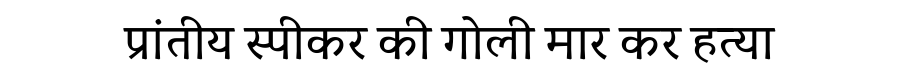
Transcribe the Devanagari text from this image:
प्रांतीय स्पीकर की गोली मार कर हत्या